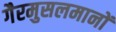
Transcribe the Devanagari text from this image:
गैरमुसलमानों